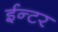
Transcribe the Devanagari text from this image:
ईन्टर